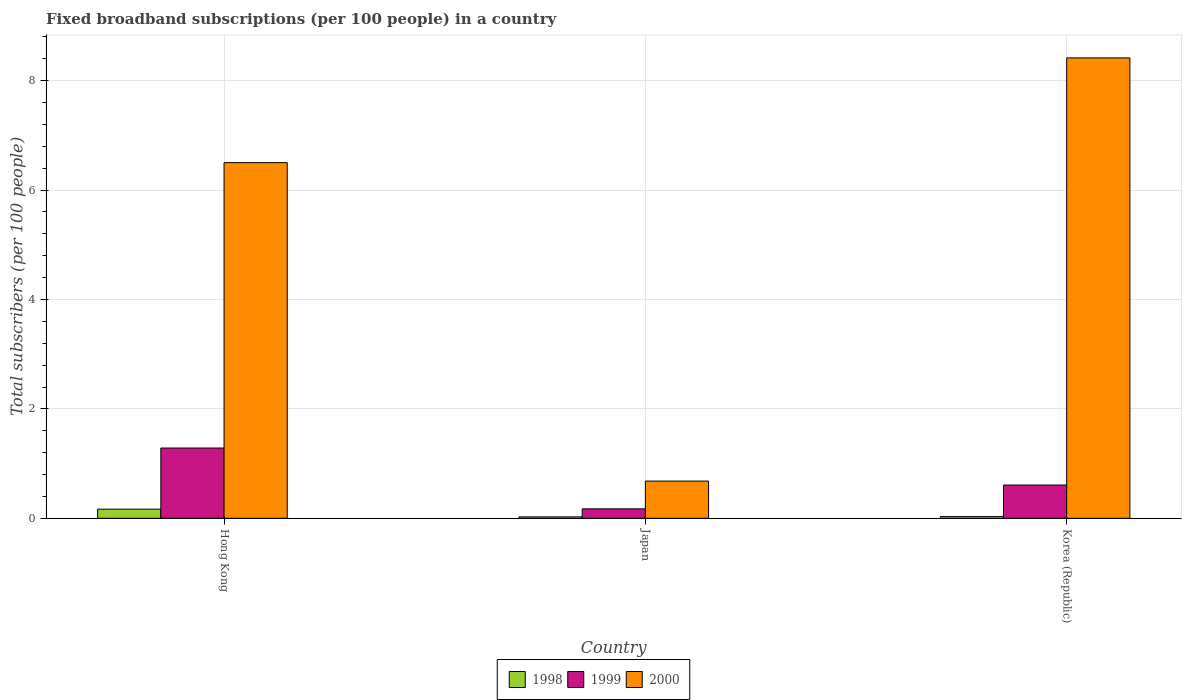
| Country | 1998 | 1999 | 2000 |
 | --- | --- | --- | --- |
 | Hong Kong | 0.167 | 1.28 | 6.5 |
 | Japan | 0.0255 | 0.172 | 0.68 |
 | Korea (Republic) | 0.0308 | 0.608 | 8.42 |